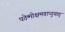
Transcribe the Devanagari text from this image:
पठेन्मोक्षमवाप्नुयात्